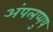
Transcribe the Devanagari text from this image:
अंपलप्पुष